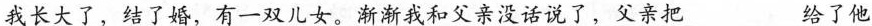
我长大了，结了婚，有一双儿女。渐渐我和父亲没话说了，父亲把___给了他